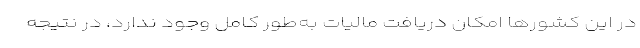
در این کشورها امکان دریافت مالیات به‌طور کامل وجود ندارد، در نتیجه